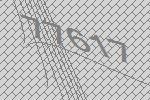
77617